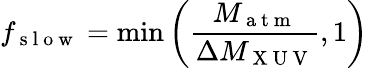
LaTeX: f_{\mathrm{~s~l~o~w~}}=\operatorname*{min}\left(\frac{M_{\mathrm{~a~t~m~}}}{\Delta M_{\mathrm{~X~U~V~}}},1\right)